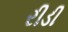
રીડી